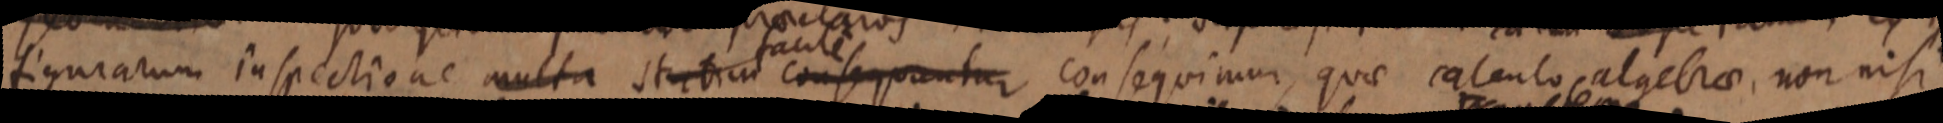
figurarum inspectione multa statum facile consequantur consequimur, quae calculo algebrae, non nisi